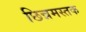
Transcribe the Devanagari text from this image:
छिन्नमस्तक